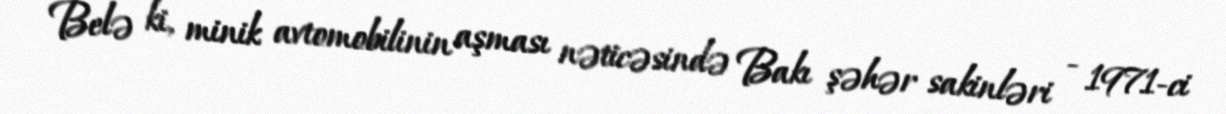
Belə ki, minik avtomobilinin aşması nəticəsində Bakı şəhər sakinləri - 1971-ci